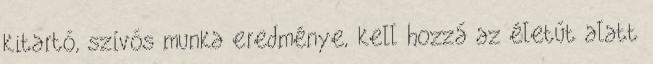
kitartó, szívós munka eredménye, kell hozzá az életút alatt